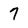
Character: 7